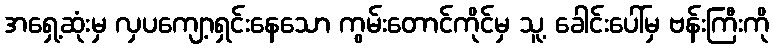
အရှေ့ဆုံးမှ လှပကျော့ရှင်းနေသော ကွမ်းတောင်ကိုင်မှ သူ့ ခေါင်းပေါ်မှ ဗန်းကြီးကို